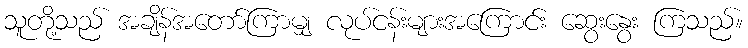
သူတို့သည် အချိန်အတော်ကြာမျှ လုပ်ငန်းများအကြောင်း ဆွေးနွေး ကြသည်။